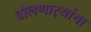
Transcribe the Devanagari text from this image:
बोलणार्‍यांचा